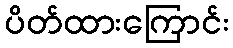
ပိတ်ထားကြောင်း